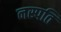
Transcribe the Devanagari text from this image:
नस्पति